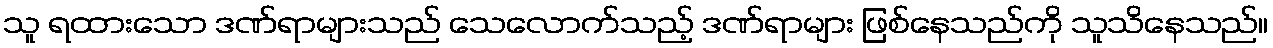
သူ ရထားသော ဒဏ်ရာများသည် သေလောက်သည့် ဒဏ်ရာများ ဖြစ်နေသည်ကို သူသိနေသည်။